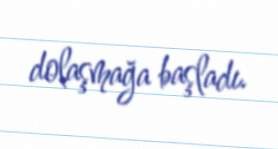
dolaşmağa başladı.